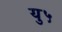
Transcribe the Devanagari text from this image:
यु५